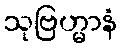
သုဗြဟ္မာနံ